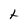
Character: t